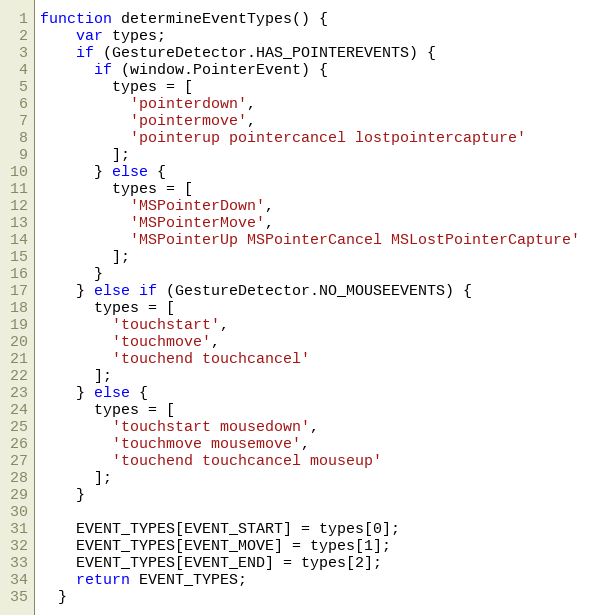
Language: JavaScript
function determineEventTypes() {
    var types;
    if (GestureDetector.HAS_POINTEREVENTS) {
      if (window.PointerEvent) {
        types = [
          'pointerdown',
          'pointermove',
          'pointerup pointercancel lostpointercapture'
        ];
      } else {
        types = [
          'MSPointerDown',
          'MSPointerMove',
          'MSPointerUp MSPointerCancel MSLostPointerCapture'
        ];
      }
    } else if (GestureDetector.NO_MOUSEEVENTS) {
      types = [
        'touchstart',
        'touchmove',
        'touchend touchcancel'
      ];
    } else {
      types = [
        'touchstart mousedown',
        'touchmove mousemove',
        'touchend touchcancel mouseup'
      ];
    }

    EVENT_TYPES[EVENT_START] = types[0];
    EVENT_TYPES[EVENT_MOVE] = types[1];
    EVENT_TYPES[EVENT_END] = types[2];
    return EVENT_TYPES;
  }